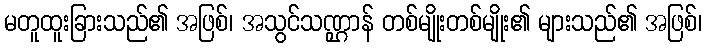
မတူထူးခြားသည်၏ အဖြစ်၊ အသွင်သဏ္ဌာန် တစ်မျိုးတစ်မျိုး၏ များသည်၏ အဖြစ်၊